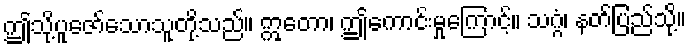
ဤသို့ပူဇော်သောသူတို့သည်။ ဣတော၊ ဤကောင်းမှုကြောင့်။ သဂ္ဂံ၊ နတ်ပြည်သို့။